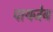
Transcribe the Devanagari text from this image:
पायजेब